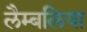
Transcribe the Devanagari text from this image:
लैम्बलिया